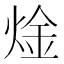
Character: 𬊝